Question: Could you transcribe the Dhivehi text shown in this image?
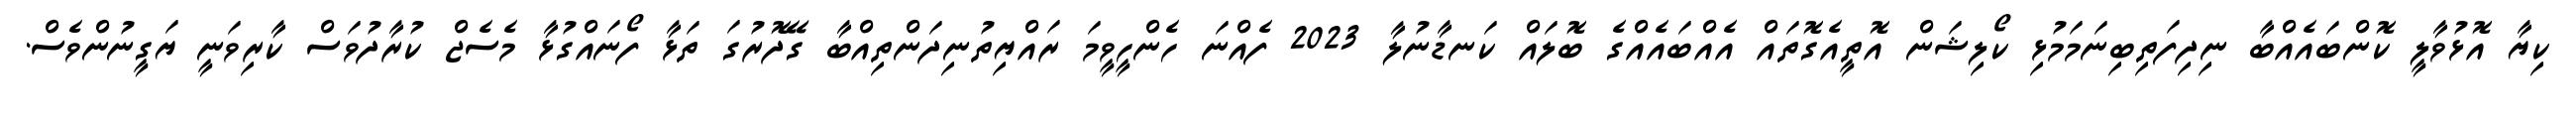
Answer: ކިޔާ އޮޅުވާލީ ކޮންބައެއްބާ ނިދިފަތިބިނަމަމުޅި ކޯލިޝަން އޮތީއެގޮތައް އެއްބައެއްގެ ބޮލައް ކަނޑާނުލާ 2023 ފެއްނަ ހެންހީވީމަ ރައްޔިތުނިދަންތިއްބާ ގޭދޮރުގަ ތަޅާ ފޯނައްގުޅާ މެސެޖް ކުރާދުވަސް ކާރިވަނީ ޔަގީނުންވެސް.